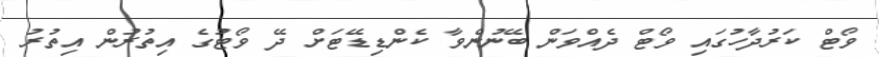
ވޯޓް ކަރުދާހުގައި ވޯޓް ދެއްވަން ބޭނުންވާ ކެންޑިޑޭޓަށް ދޭ ވޯޓުގެ އިތުރުން އިތުރު